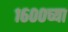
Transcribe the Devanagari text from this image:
१६००च्या